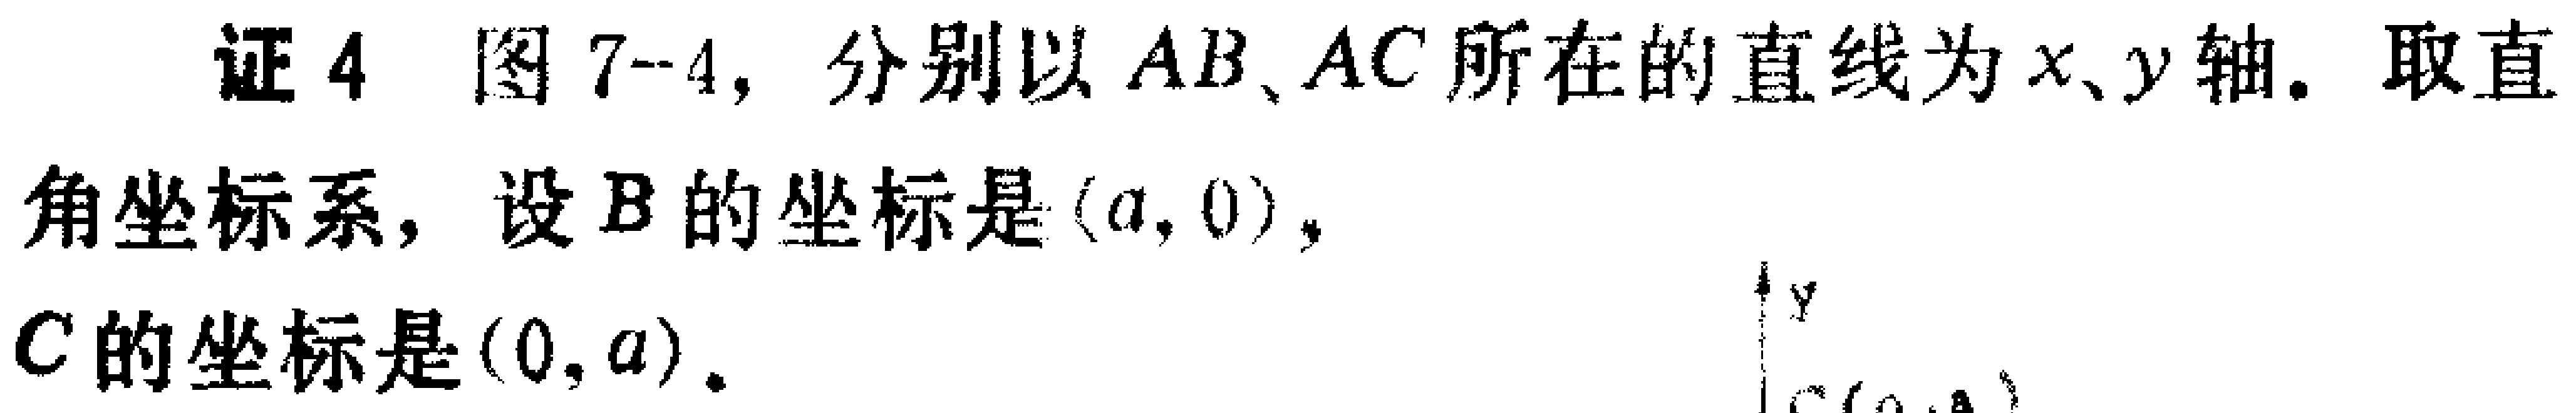
证4 图7-4，分别以 \(AB、AC\) 所在的直线为 \(x、y\) 轴。取直角坐标系，设 \(B\) 的坐标是 \((a,0)\)，\(C\) 的坐标是 \((0,a)\)。